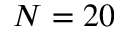
N = 2 0